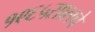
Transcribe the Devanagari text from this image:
१९६५सालचे